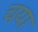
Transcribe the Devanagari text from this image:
चया